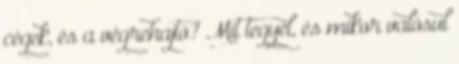
cégek, és a végrehajtó? Mit tegyél, és mikor valósul